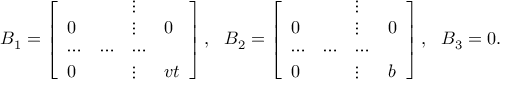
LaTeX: B _ { 1 } = \left[ \begin{array} { l l l l } { { } } & { { } } & { { \vdots } } & { { } } \\ { { 0 } } & { { } } & { { \vdots } } & { { 0 } } \\ { { \cdots } } & { { \cdots } } & { { \cdots } } & { { } } \\ { { 0 } } & { { } } & { { \vdots } } & { { v t } } \end{array} \right] , \ \ B _ { 2 } = \left[ \begin{array} { l l l l } { { } } & { { } } & { { \vdots } } & { { } } \\ { { 0 } } & { { } } & { { \vdots } } & { { 0 } } \\ { { \cdots } } & { { \cdots } } & { { \cdots } } & { { } } \\ { { 0 } } & { { } } & { { \vdots } } & { { b } } \end{array} \right] , \ \ B _ { 3 } = 0 .